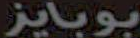
بوبايز